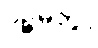
ပဉ္စမတွဲ။